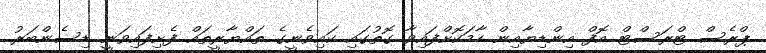
ޕްރެސް ޓްރަސްޓް އޮފް އިންޑިޔާއިން ހާމަކޮށްފައިވާ ގޮތުގައި ކައިވެނީގެ ތައްޔާރީތައް ފެށިފައިވަނީ ޑިސެންބަރު